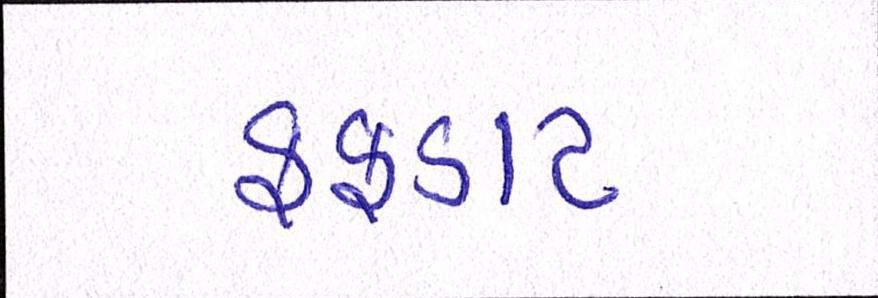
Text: ફફડાટ